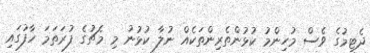
ދެޓީމުގެ ވެސް މުހިންމު ކުޅުންތެރިންތަކެއް ނުލާ ކުޅުނު މި މެޗުގެ ފުރަތަމަ ހާފުގައި